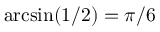
\arcsin ( 1 / 2 ) = \pi / 6